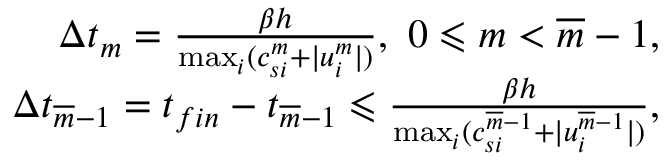
\begin{array} { r } { \Delta t _ { m } = \frac { \beta h } { \operatorname* { m a x } _ { i } ( c _ { s i } ^ { m } + | u _ { i } ^ { m } | ) } , \ 0 \leqslant m < \overline { { m } } - 1 , } \\ { \Delta t _ { \overline { { m } } - 1 } = t _ { f i n } - t _ { \overline { { m } } - 1 } \leqslant \frac { \beta h } { \operatorname* { m a x } _ { i } ( c _ { s i } ^ { \overline { { m } } - 1 } + | u _ { i } ^ { \overline { { m } } - 1 } | ) } , } \end{array}